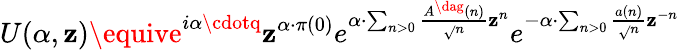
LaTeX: U(\alpha,\mathbf{z})\equive^{i\alpha\cdotq}\mathbf{z}^{\alpha\cdot\pi(0)}e^{\alpha\cdot\sum_{n>0}\frac{{A^{\dag}(n)}}{{\sqrt{}{{n}}}}\mathbf{z}^{n}}e^{-\alpha\cdot\sum_{n>0}\frac{{a(n)}}{{\sqrt{}{{n}}}}\mathbf{z}^{-n}}